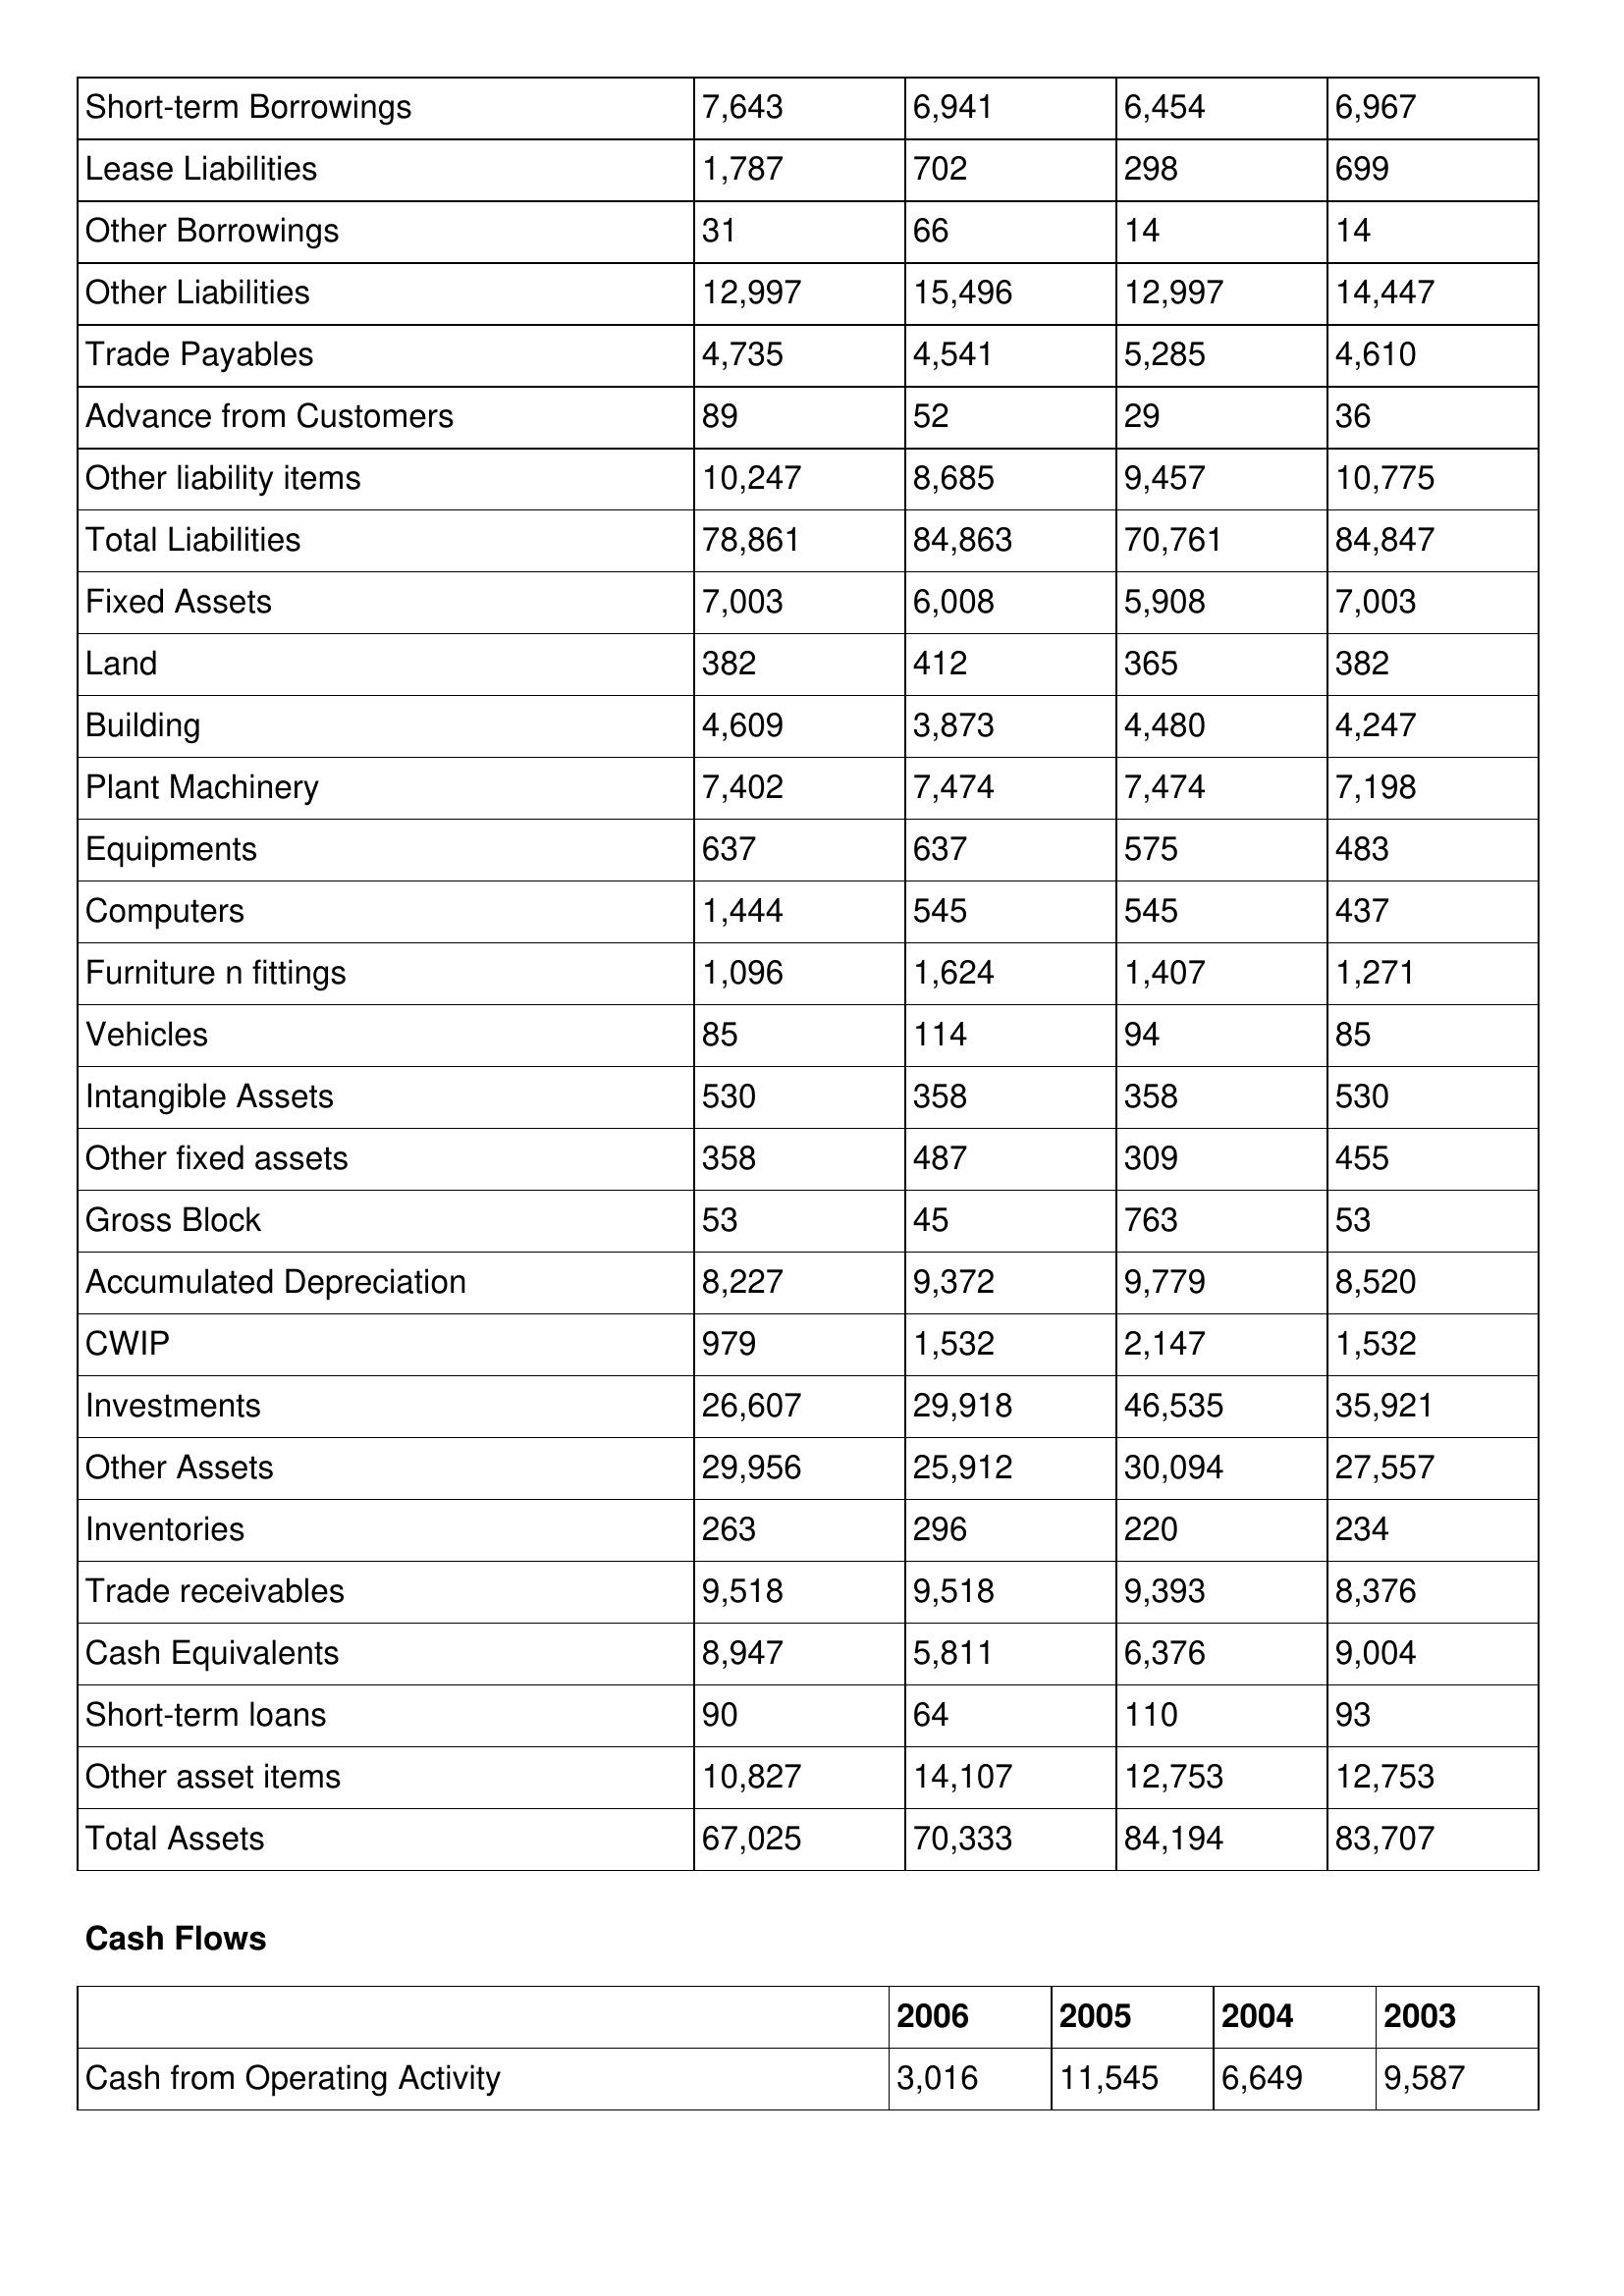
gt_parse: 2006: Balance Sheet: Short-term Borrowings: 7,643
Lease Liabilities: 1,787
Other Borrowings: 31
Other Liabilities: 12,997
Trade Payables: 4,735
Advance from Customers: 89
Other liability items: 10,247
Total Liabilities: 78,861
Fixed Assets: 7,003
Land: 382
Building: 4,609
Plant Machinery: 7,402
Equipments: 637
Computers: 1,444
Furniture n fittings: 1,096
Vehicles: 85
Intangible Assets: 530
Other fixed assets: 358
Gross Block: 53
Accumulated Depreciation: 8,227
CWIP: 979
Investments: 26,607
Other Assets: 29,956
Inventories: 263
Trade receivables: 9,518
Cash Equivalents: 8,947
Short-term loans: 90
Other asset items: 10,827
Total Assets: 67,025
Cash Flows: Cash from Operating Activity: 3,016
2005: Balance Sheet: Short-term Borrowings: 6,941
Lease Liabilities: 702
Other Borrowings: 66
Other Liabilities: 15,496
Trade Payables: 4,541
Advance from Customers: 52
Other liability items: 8,685
Total Liabilities: 84,863
Fixed Assets: 6,008
Land: 412
Building: 3,873
Plant Machinery: 7,474
Equipments: 637
Computers: 545
Furniture n fittings: 1,624
Vehicles: 114
Intangible Assets: 358
Other fixed assets: 487
Gross Block: 45
Accumulated Depreciation: 9,372
CWIP: 1,532
Investments: 29,918
Other Assets: 25,912
Inventories: 296
Trade receivables: 9,518
Cash Equivalents: 5,811
Short-term loans: 64
Other asset items: 14,107
Total Assets: 70,333
Cash Flows: Cash from Operating Activity: 11,545
2004: Balance Sheet: Short-term Borrowings: 6,454
Lease Liabilities: 298
Other Borrowings: 14
Other Liabilities: 12,997
Trade Payables: 5,285
Advance from Customers: 29
Other liability items: 9,457
Total Liabilities: 70,761
Fixed Assets: 5,908
Land: 365
Building: 4,480
Plant Machinery: 7,474
Equipments: 575
Computers: 545
Furniture n fittings: 1,407
Vehicles: 94
Intangible Assets: 358
Other fixed assets: 309
Gross Block: 763
Accumulated Depreciation: 9,779
CWIP: 2,147
Investments: 46,535
Other Assets: 30,094
Inventories: 220
Trade receivables: 9,393
Cash Equivalents: 6,376
Short-term loans: 110
Other asset items: 12,753
Total Assets: 84,194
Cash Flows: Cash from Operating Activity: 6,649
2003: Balance Sheet: Short-term Borrowings: 6,967
Lease Liabilities: 699
Other Borrowings: 14
Other Liabilities: 14,447
Trade Payables: 4,610
Advance from Customers: 36
Other liability items: 10,775
Total Liabilities: 84,847
Fixed Assets: 7,003
Land: 382
Building: 4,247
Plant Machinery: 7,198
Equipments: 483
Computers: 437
Furniture n fittings: 1,271
Vehicles: 85
Intangible Assets: 530
Other fixed assets: 455
Gross Block: 53
Accumulated Depreciation: 8,520
CWIP: 1,532
Investments: 35,921
Other Assets: 27,557
Inventories: 234
Trade receivables: 8,376
Cash Equivalents: 9,004
Short-term loans: 93
Other asset items: 12,753
Total Assets: 83,707
Cash Flows: Cash from Operating Activity: 9,587